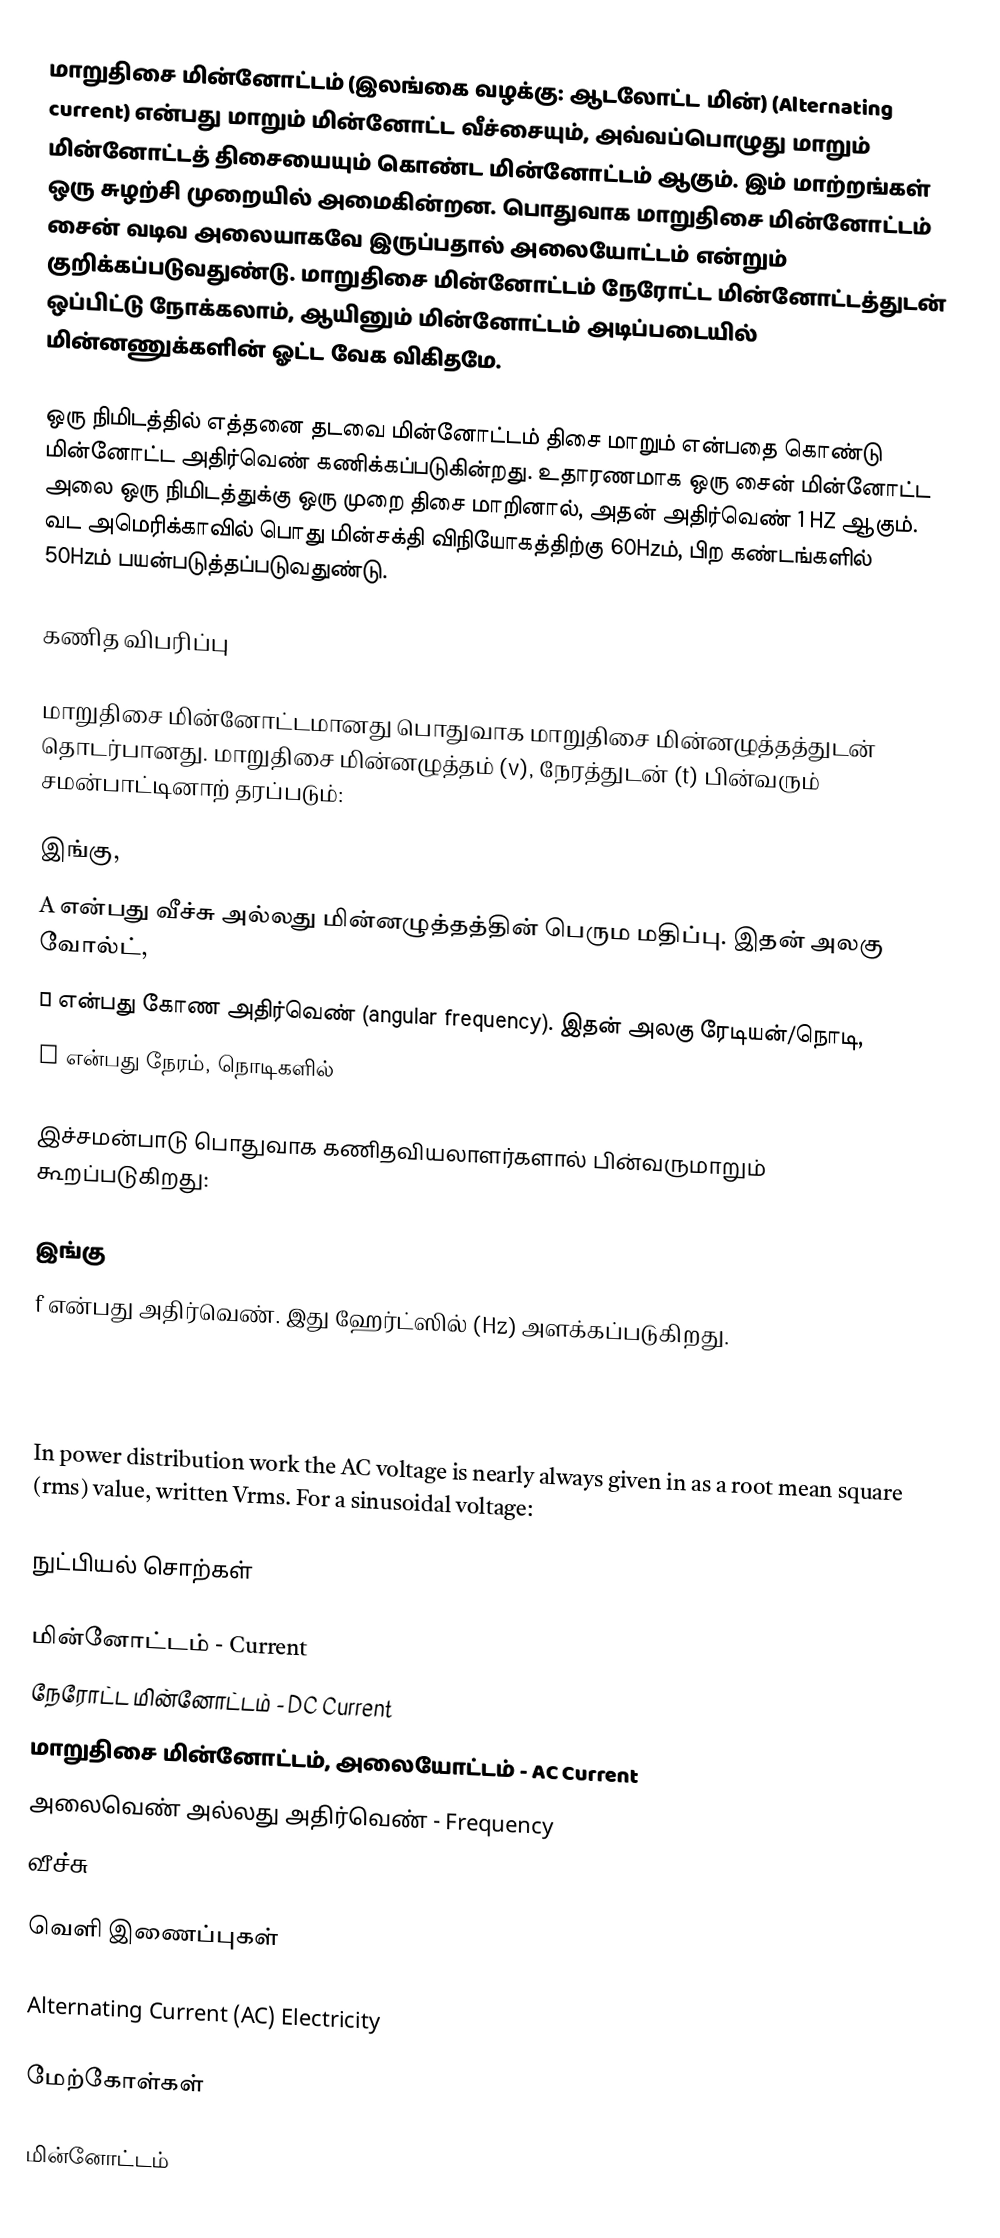
மாறுதிசை மின்னோட்டம் (இலங்கை வழக்கு: ஆடலோட்ட மின்) (Alternating current) என்பது மாறும் மின்னோட்ட வீச்சையும், அவ்வப்பொழுது மாறும் மின்னோட்டத் திசையையும் கொண்ட மின்னோட்டம் ஆகும். இம் மாற்றங்கள் ஒரு சுழற்சி முறையில் அமைகின்றன. பொதுவாக மாறுதிசை மின்னோட்டம்  சைன் வடிவ அலையாகவே இருப்பதால் அலையோட்டம் என்றும் குறிக்கப்படுவதுண்டு. மாறுதிசை மின்னோட்டம் நேரோட்ட மின்னோட்டத்துடன் ஒப்பிட்டு நோக்கலாம், ஆயினும் மின்னோட்டம் அடிப்படையில் மின்னணுக்களின் ஓட்ட வேக விகிதமே.

ஒரு நிமிடத்தில் எத்தனை தடவை மின்னோட்டம் திசை மாறும் என்பதை கொண்டு மின்னோட்ட அதிர்வெண் கணிக்கப்படுகின்றது. உதாரணமாக ஒரு சைன் மின்னோட்ட அலை ஒரு நிமிடத்துக்கு ஒரு முறை திசை மாறினால், அதன் அதிர்வெண் 1 HZ ஆகும். வட அமெரிக்காவில் பொது மின்சக்தி விநியோகத்திற்கு 60Hzம், பிற கண்டங்களில் 50Hzம் பயன்படுத்தப்படுவதுண்டு.

கணித விபரிப்பு

மாறுதிசை மின்னோட்டமானது பொதுவாக மாறுதிசை மின்னழுத்தத்துடன் தொடர்பானது. மாறுதிசை மின்னழுத்தம் (v), நேரத்துடன் (t) பின்வரும் சமன்பாட்டினாற் தரப்படும்:

இங்கு,
A என்பது வீச்சு அல்லது மின்னழுத்தத்தின் பெரும மதிப்பு. இதன் அலகு வோல்ட்,
ω என்பது கோண அதிர்வெண் (angular frequency). இதன் அலகு ரேடியன்/நொடி,
t என்பது நேரம், நொடிகளில்

இச்சமன்பாடு பொதுவாக கணிதவியலாளர்களால் பின்வருமாறும் கூறப்படுகிறது:

இங்கு
f என்பது அதிர்வெண். இது ஹேர்ட்ஸில் (Hz) அளக்கப்படுகிறது.

The peak-to-peak value of an AC voltage is defined as the difference between its positive peak and its negative peak. Since the maximum value of sin(x) is +1 and the minimum value is −1, an AC voltage swings between +A and −A. The peak-to-peak voltage, written as VP-P, is therefore (+A) − (−A) = 2 × A.

In power distribution work the AC voltage is nearly always given in as a root mean square (rms) value, written Vrms. For a sinusoidal voltage:

நுட்பியல் சொற்கள்

 மின்னோட்டம் - Current
 நேரோட்ட மின்னோட்டம் - DC Current
 மாறுதிசை மின்னோட்டம், அலையோட்டம் - AC Current
 அலைவெண் அல்லது அதிர்வெண் - Frequency
 வீச்சு - Amplitude

வெளி இணைப்புகள்

 Alternating Current (AC) Electricity

மேற்கோள்கள்

மின்னோட்டம்